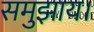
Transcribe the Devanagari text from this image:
समुझाय।